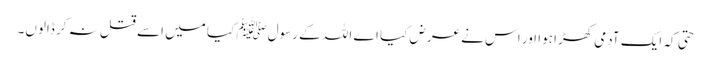
حتی کہ ایک آدمی کھڑا ہوا اور اس نے عرض کیا اے اللہ کے رسولﷺ کیا میں اسے قتل نہ کر ڈالوں۔